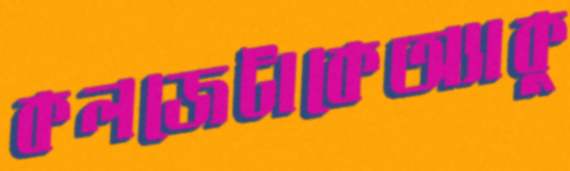
কলজেটাকেঅ্যাকু